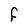
Character: F